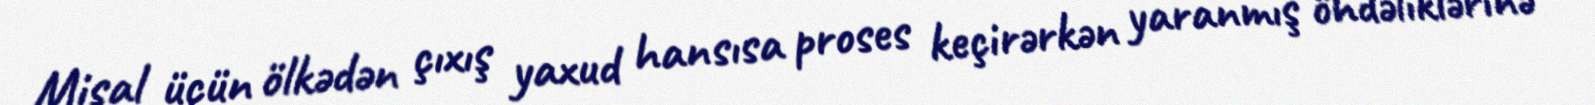
Misal üçün ölkədən çıxış yaxud hansısa proses keçirərkən yaranmış öhdəliklərinə